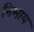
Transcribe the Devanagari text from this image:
निभाय